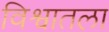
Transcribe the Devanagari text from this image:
विश्वातला